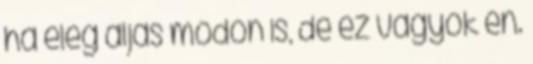
ha elég aljas módon is, de ez vagyok én.